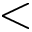
<